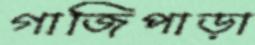
গাজিপাড়া